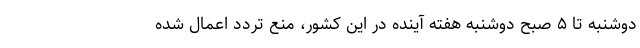
دوشنبه تا ۵ صبح دوشنبه هفته آینده در این کشور، منع تردد اعمال شده